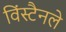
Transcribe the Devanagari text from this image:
विंस्टैनले